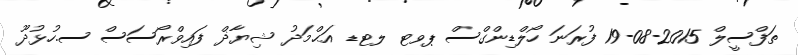
ތަފްސީލް 2015-08-19 ފުރަނަ ހޯލްޑިންގްސް ޕވޓ ލޓޑ އަޙްމަދު ޝިޔާޛް ފައިވްރޯސަސް ސ.ހުޅުދޫ